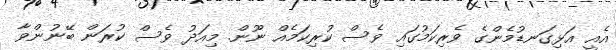
އެއީ އަޅިގަނޑުމެންގެ ވެރިކަމުގައި ވެސް ކުރިކަމެއް ނޫން. މިއަދު ވެސް ކުރަން ބޭނުންވާ